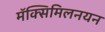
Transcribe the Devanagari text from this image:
मॅक्सिमिलनयन